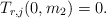
\begin{align*}T_{r,j}(0,m_2)=0.\end{align*}